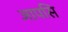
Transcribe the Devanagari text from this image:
आपसि